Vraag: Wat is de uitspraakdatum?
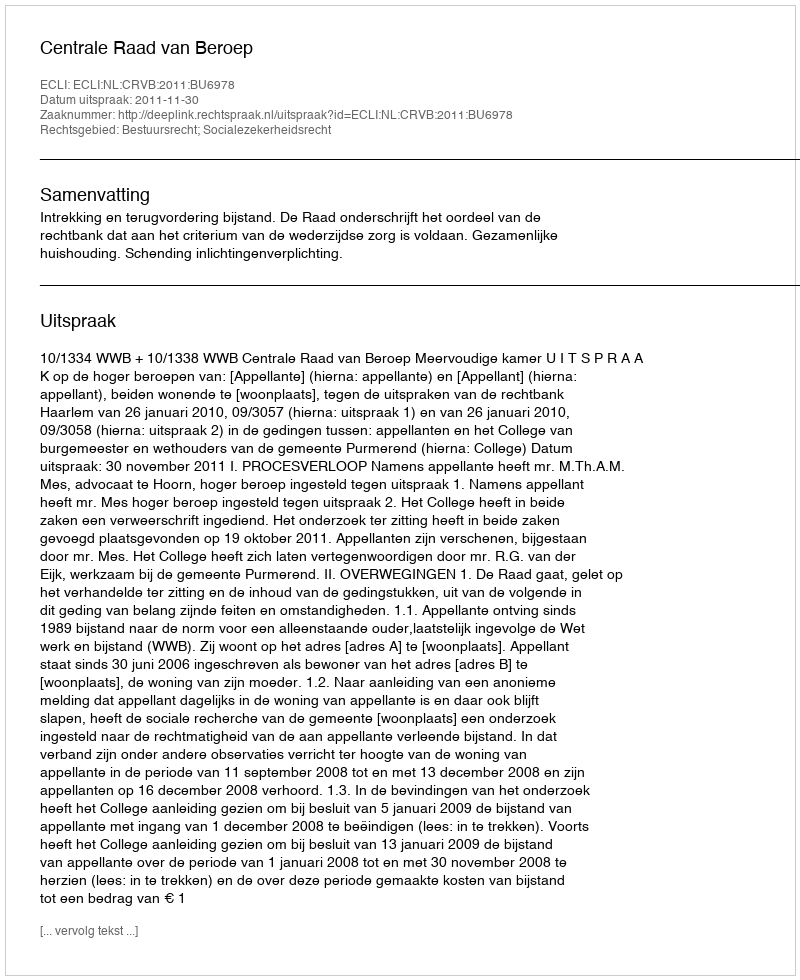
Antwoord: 2011-11-30